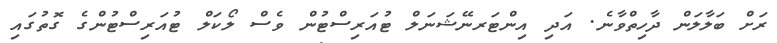
ރަށް ބަލާލަން ދާހިތްވާނެ. އަދި އިންޓަރނޭޝަނަލް ޓުއަރިސްޓުން ވެސް ލޯކަލް ޓުއަރިސްޓުންގެ ގޮތުގައި